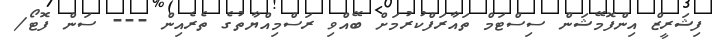
ފިޝަރީޒް އިންފޮމޭޝަން ސިސްޓަމް ތައާރަފްކުރުމަށް ބޭއްވި ރަސްމިއްޔާތުގެ ތެރެއިން --- ސަން ފޮޓޯ/